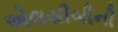
એલસીબીની